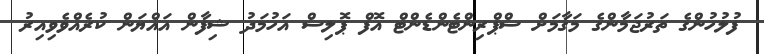
ފުލުހުންގެ ތަރުޖަމާންގެ މަގާމަށް ސްޕްރިންޓެންޑެންޓް އޮފް ޕޮލިސް އަހުމަދު ޝިފާން އައްޔަން ކުރެއްވެވިއިރު